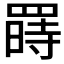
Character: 𱻇